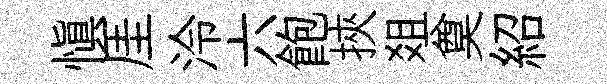
慎厓泠六飽挾爼奠紹